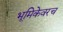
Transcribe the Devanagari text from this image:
भूमिकेवरच